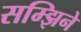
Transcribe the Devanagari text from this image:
सम्झिने